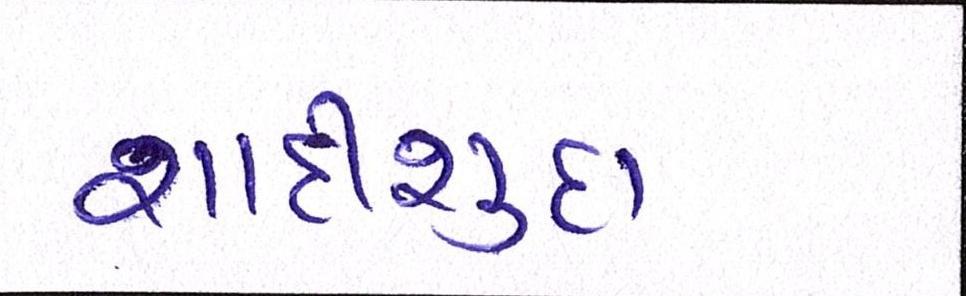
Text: શાદીશુદા